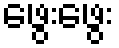
ဖွေးဖွေး